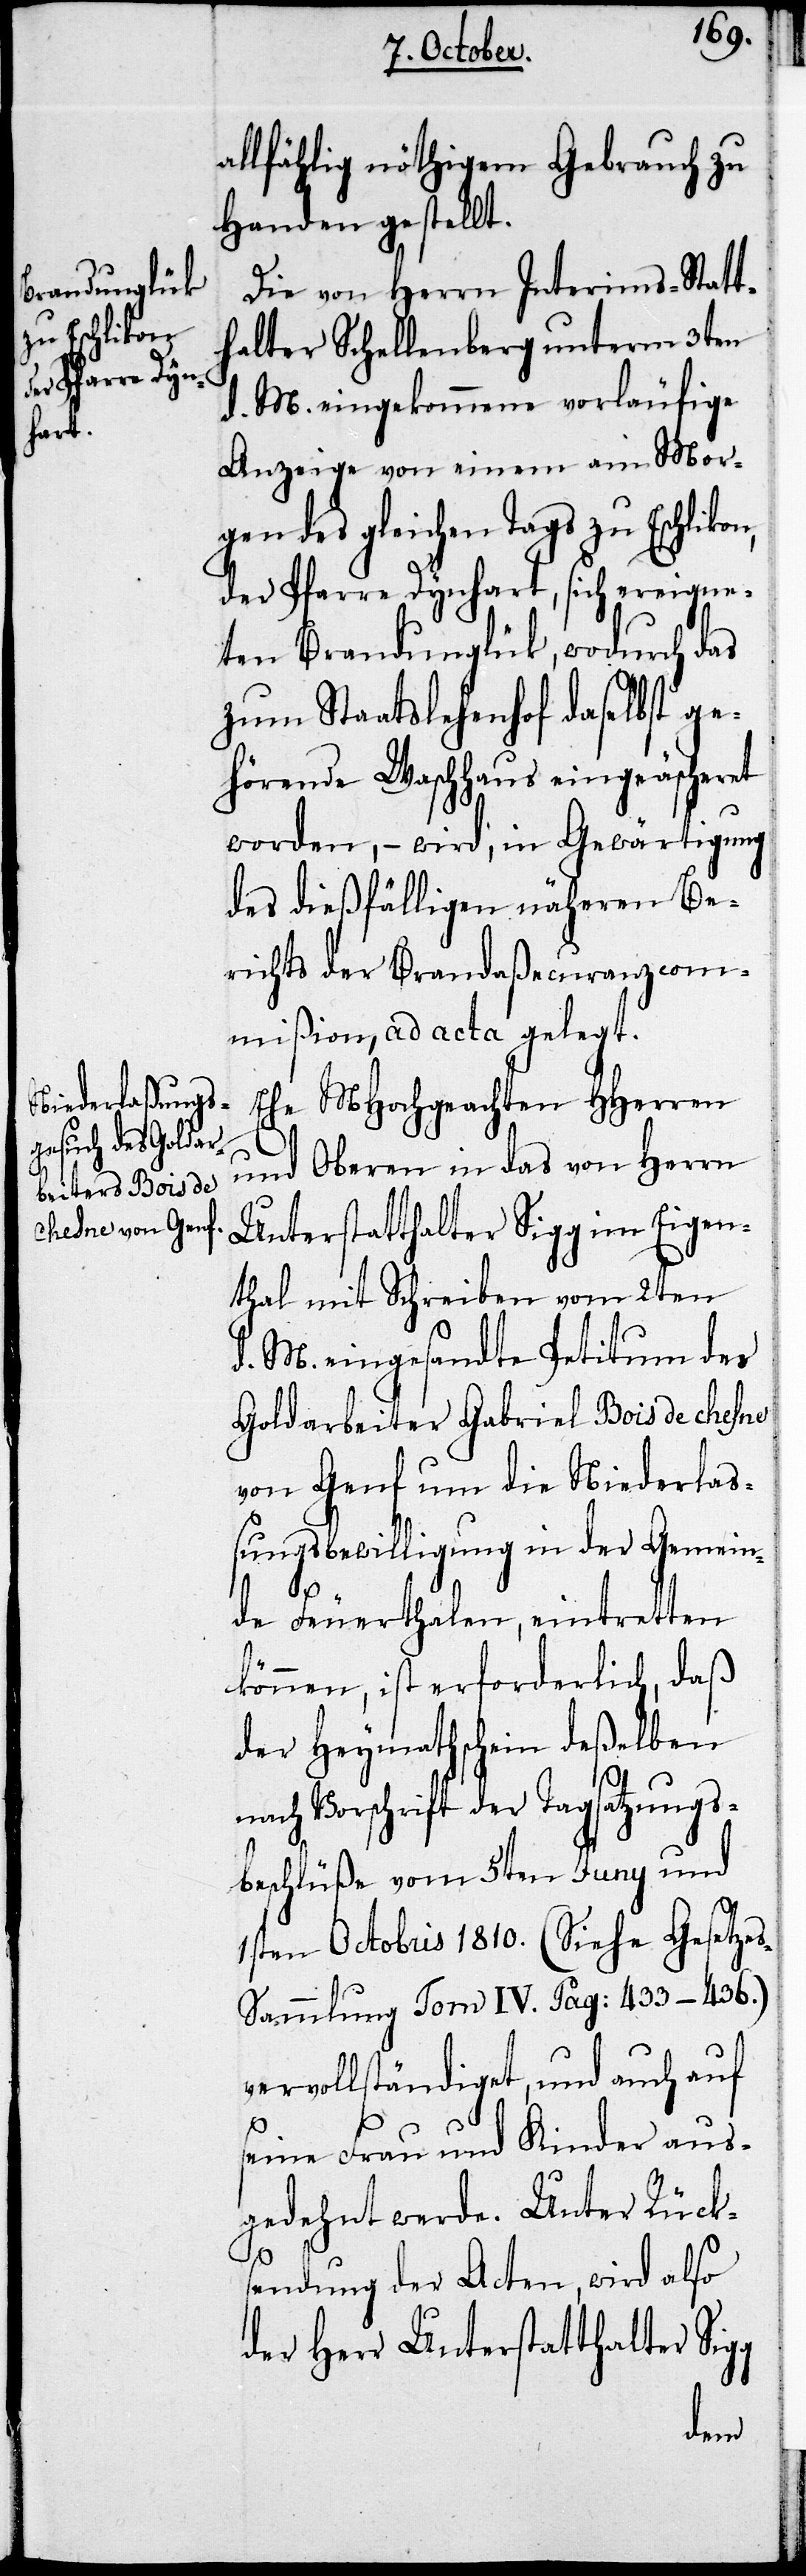
allfählig nöthigem Gebrauch zu
Handen gestellt.
Die von Herrn Interims-Statt¬
halter Schellenberg unterm 3ten
d. M. eingekommene vorläufige
Anzeige von einem am Mor¬
gen des gleichen Tags zu Eschlikon,
der Pfarre Dynhard, sich ereigne¬
ten Brandunglük, wodurch das
zum Staatslehenhof daselbst ge¬
hörende Waschhaus eingeäschert
worden, – wird, in Gewärtigung
des dießfälligen näheren Be¬
richts der Brandaßecuranzcom¬
mißion, ad acta gelegt.
Ehe MHochgeachten HHerren
und Oberen in das von Herrn
Unterstatthalter Sigg im Eigen¬
thal mit Schreiben unterm 2ten
d. M. eingesandte Petitum des
Goldarbeiter Gabriel Bois de Chesne
von Genf um die Niederlaß¬
ungsbewilligung in der Gemein¬
de Feuerthalen, eintretten
können, ist erforderlich, daß
der Heymathschein deßelben
g
nach Vorschrift der Tagsatzungs¬
beschlüße vom 5ten Juny und
1sten Octobris 1810. (Siehe Gesetze¬
s-Sammlung Tom IV. Pag. 433–436.)
vervollständiget, und auch auf
seine Frau und Kinder aus¬
gedehnt werde. Unter Rück¬
sendung der Acten, wird also
der Herr Unterstatthalter Sig¬